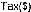
TAX($)